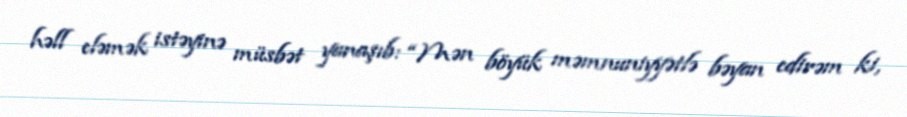
həll eləmək istəyinə müsbət yanaşıb: “Mən böyük məmnuniyyətlə bəyan edirəm ki,